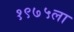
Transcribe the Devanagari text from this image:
१९७५ला